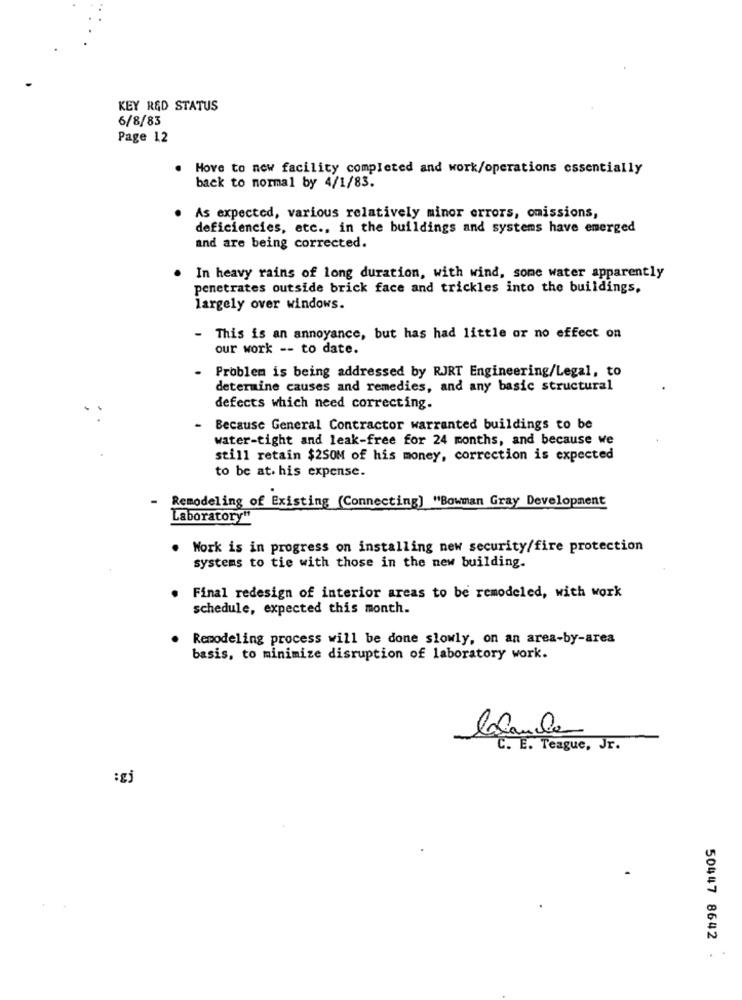
KEY R&D STATUS
6/8/83
Page 12
. Move to new facility completed and work/operations essentially
back to normal by 4/1/83.
As expected, various relatively minor errors, omissions,
deficiencies, etc ., in the buildings and systems have emerged
and are being corrected.
In heavy rains of long duration, with wind, some water apparently
penetrates outside brick face and trickles into the buildings,
largely over windows.
- This is an annoyance, but has had little or no effect on
our work -- to date.
Problem is being addressed by RJRT Engineering/Legal, to
determine causes and remedies, and any basic structural
defects which need correcting.
Because General Contractor warranted buildings to be
water-tight and leak-free for 24 months, and because we
still retain $250M of his money, correction is expected
to be at. his expense.
Remodeling of Existing (Connecting] "Bowman Gray Development
Laboratory"
. Work is in progress on installing new security/fire protection
systems to tie with those in the new building.
Final redesign of interior areas to be remodeled, with work
schedule, expected this month.
Remodeling process will be done slowly, on an area-by-area
basis, to minimize disruption of laboratory work.
C. E. Teague, Jr.
:gj
50447 8642